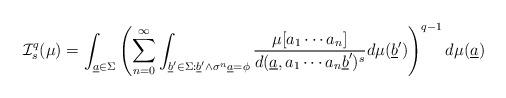
LaTeX: \begin{align*}\mathcal I_s^q(\mu)=\int_{\underline a \in \Sigma}\left(\sum_{n=0}^{\infty}\int_{\underline b' \in\Sigma:\underline b' \wedge \sigma^n\underline a = \phi} \frac{\mu[a_1\cdots a_n]}{d(\underline a,a_1\cdots a_n\underline b')^s}d\mu(\underline b')\right)^{q-1}d\mu(\underline a)\end{align*}